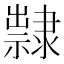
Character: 𨾀